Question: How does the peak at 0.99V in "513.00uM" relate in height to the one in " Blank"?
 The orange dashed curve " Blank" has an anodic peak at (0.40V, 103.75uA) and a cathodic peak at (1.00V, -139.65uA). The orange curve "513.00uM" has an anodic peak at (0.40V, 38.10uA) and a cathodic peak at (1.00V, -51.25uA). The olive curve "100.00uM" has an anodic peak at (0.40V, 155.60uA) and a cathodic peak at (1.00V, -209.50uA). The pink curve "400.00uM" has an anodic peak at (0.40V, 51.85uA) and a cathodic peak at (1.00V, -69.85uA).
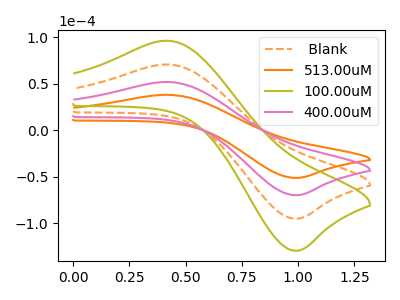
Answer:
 <answer>The peak at 0.99V is lower in "513.00uM" than in " Blank".</answer>
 <eval>lower</eval>